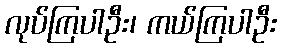
လုပ်ကြပါဦး၊ ကယ်ကြပါဦး